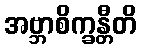
အဗ္ဘာစိက္ခန္တီတိ